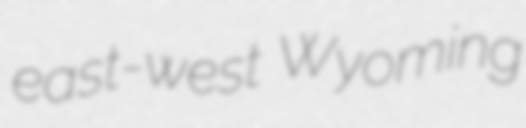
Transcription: east-west Wyoming